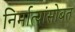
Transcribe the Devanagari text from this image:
निर्मात्यांसोबत